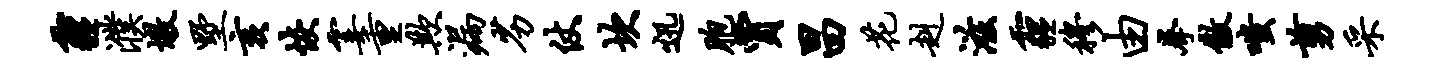
霾濮墩墅亥恢霎重欺漏劣仗坎迅胞贾昌花赳滋霾穆由拳傲嗤剪采